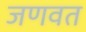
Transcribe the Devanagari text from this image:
जणवत